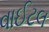
વાઈટલ